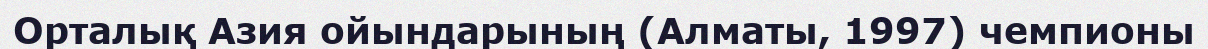
Орталық Азия ойындарының (Алматы, 1997) чемпионы